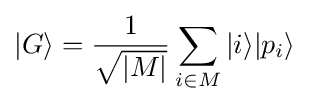
|G\rangle ={\frac {1}{\sqrt {|M|}}}\sum _{i\in M}|i\rangle |p_{i}\rangle